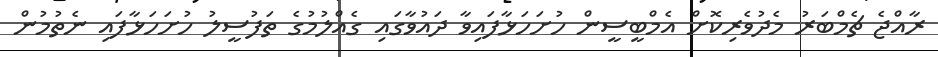
ރާއްޖެ ޗެމްބަރު މެދުވެރިކޮށް އެމްބީސީން ހުށަހަޅާފައިވާ ދައުވާގައި ގެއްލުމުގެ ތަފުސީލު ހުށަހަޅާފައި ނެތުމުން